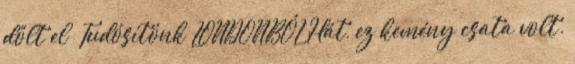
dőlt el” Tudósítónk LONDONBÓL Hát, ez kemény csata volt.